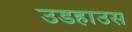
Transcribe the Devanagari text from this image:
उडहाउस